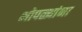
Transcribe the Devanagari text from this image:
भोपळ्यांना